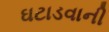
ઘટાડવાની